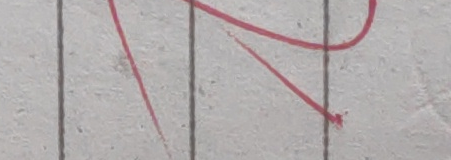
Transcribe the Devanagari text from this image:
४